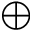
\oplus